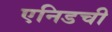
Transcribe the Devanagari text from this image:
एनिडची